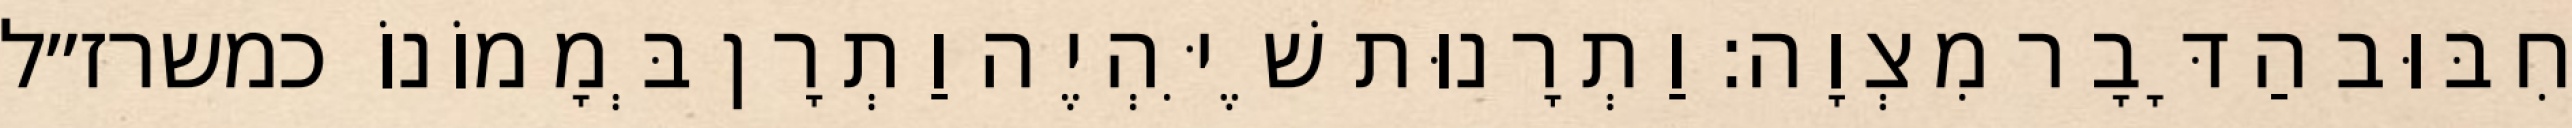
חִבּוּב הַדָּבָר מִצְוָה: וַתְרָנוּת שֶׁיִּהְיֶה וַתְרָן בְּמָמוֹנוֹ כמשרז״ל